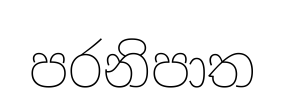
පරනිපාත